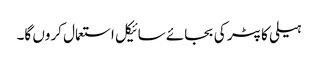
ہیلی کاپٹر کی بجائے سائیکل استعمال کروں گا۔